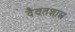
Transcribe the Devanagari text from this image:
दैवतशास्त्र